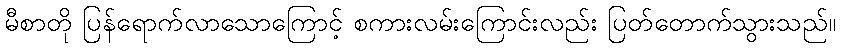
မီစာတို ပြန်ရောက်လာသောကြောင့် စကားလမ်းကြောင်းလည်း ပြတ်တောက်သွားသည်။